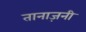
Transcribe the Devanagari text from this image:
तानाज़नी